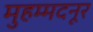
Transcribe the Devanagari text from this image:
मुहम्मदनूर